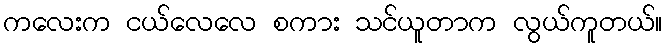
ကလေးက ငယ်လေလေ စကား သင်ယူတာက လွယ်ကူတယ်။